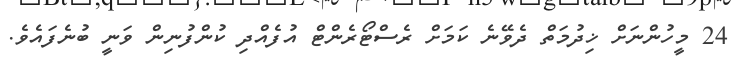
24 މީހުންނަށް ޚިދުމަތް ދެވޭނެ ކަމަށް ރެސްޓޯރެންޓް އުފެއްދި ކުންފުނިން ވަނީ ބުނެފައެވެ.